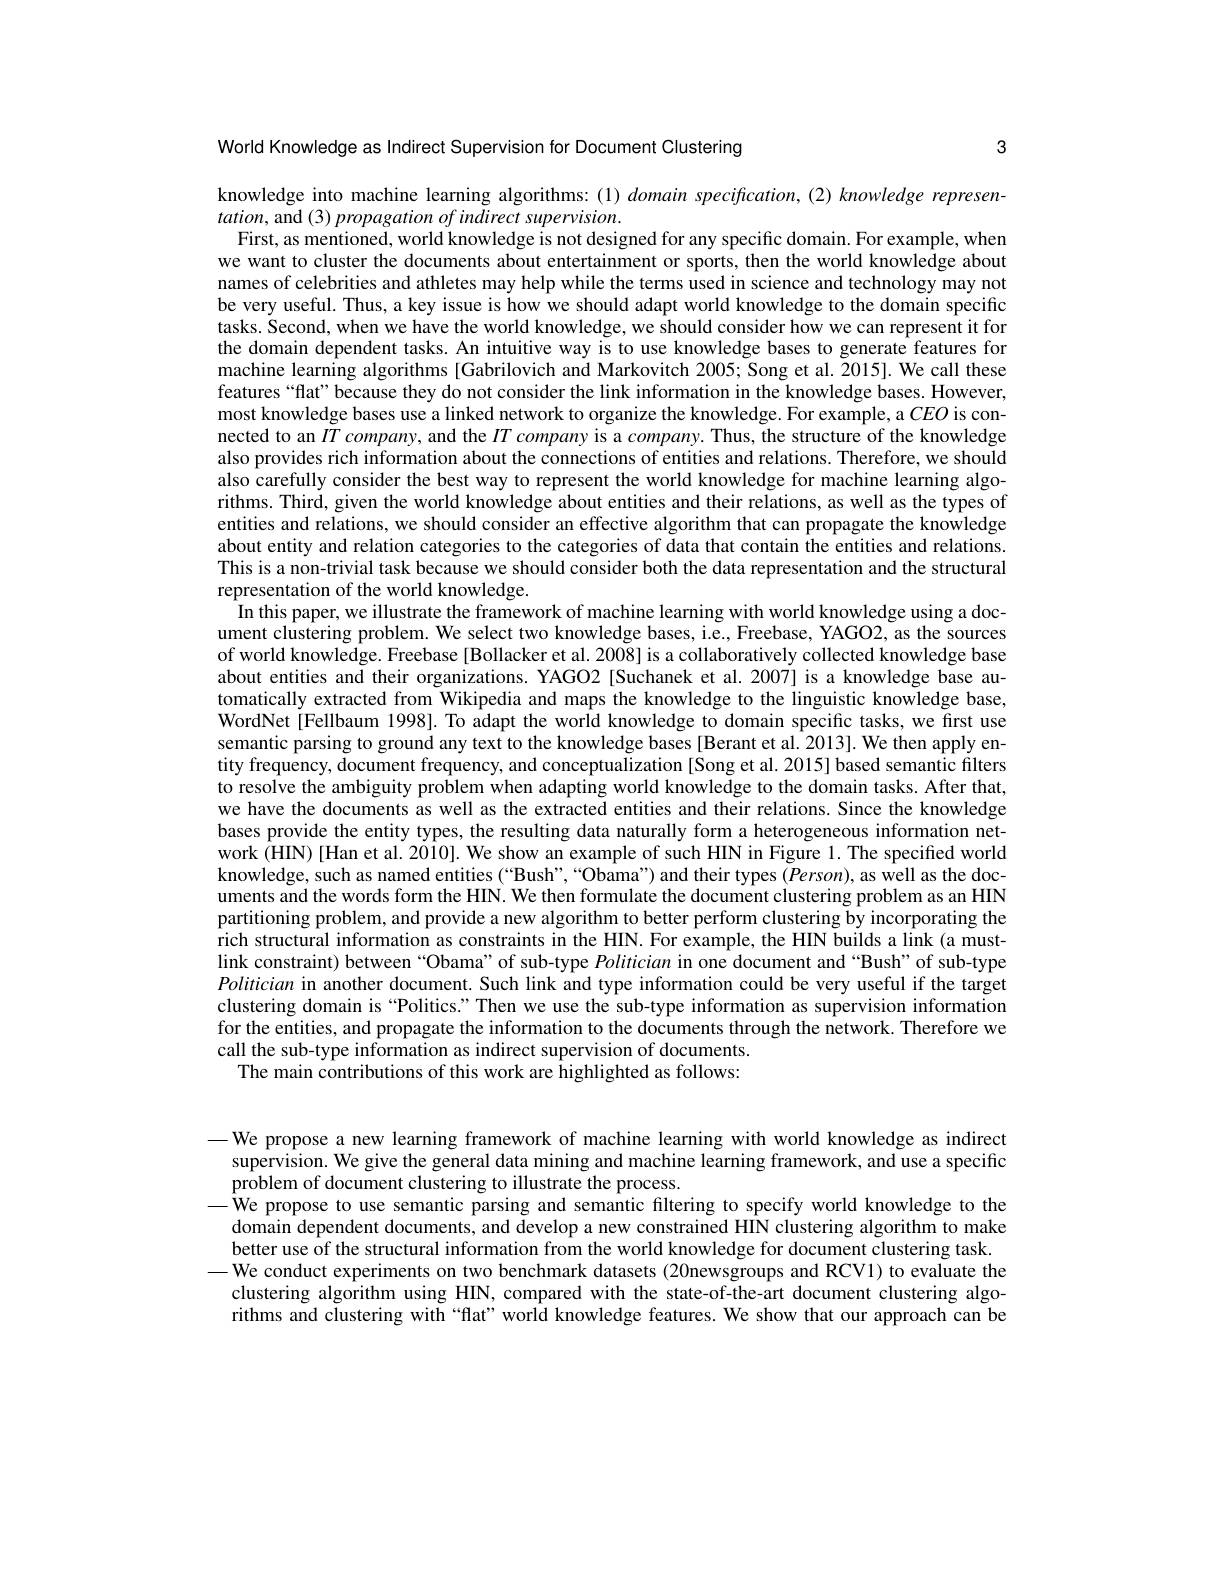
3

World Knowledge as Indirect Supervision for Document Clustering

knowledge into machine learning algorithms:(1) domain specification,(2) knowledge represen-
$tation$, and $( 3) \textit{propagation of indirect supervision}.$
First, as mentioned, world knowledge is not designed for any specific domain. For example, when we want to cluster the documents about entertainment or sports, then the world knowledge about names of celebrities and athletes may help while the terms used in science and technology may not be very useful. Thus, a key issue is how we should adapt world knowledge to the domain specific tasks. Second, when we have the world knowledge, we should consider how we can represent it for the domain dependent tasks. An intuitive way is to use knowledge bases to generate features for machine learning algorithms [Gabrilovich and Markovitch 2005; Song et al. 2015]. We call these features “flat”because they do not consider the link information in the knowledge bases. However, most knowledge bases use a linked network to organize the knowledge. For example, a $CEO$ is connected to an $IT\textit{company, and the }IT\textit{company is a company. Thus, the structure of the knowledge}$ also provides rich information about the connections of entities and relations. Therefore, we should also carefully consider the best way to represent the world knowledge for machine learning algorithms. Third, given the world knowledge about entities and their relations, as well as the types of entities and relations, we should consider an effective algorithm that can propagate the knowledge about entity and relation categories to the categories of data that contain the entities and relations. This is a non-trivial task because we should consider both the data representation and the structural representation of the world knowledge.
In this paper, we illustrate the framework of machine learning with world knowledge using a document clustering problem. We select two knowledge bases, i.e, Freebase, YAGO2, as the sources of world knowledge. Freebase [Bollacker et al. 2008] is a collaboratively collected knowledge base about entities and their organizations. YAGO2 [Suchanek et al.2007] is a knowledge base automatically extracted from Wikipedia and maps the knowledge to the linguistic knowledge base, WordNet [Fellbaum 1998]. To adapt the world knowledge to domain specific tasks, we first use semantic parsing to ground any text to the knowledge bases [Berant et al. 2013]. We then apply entity frequency, document frequency, and conceptualization [Song et al. 2015] based semantic filters to resolve the ambiguity problem when adapting world knowledge to the domain tasks. After that, we have the documents as well as the extracted entities and their relations. Since the knowledge bases provide the entity types, the resulting data naturally form a heterogeneous information network (HIN) [Han et al. 2010]. We show an example of such HIN in Figure 1. The specified world knowledge, such as named entities (“Bush”,“Obama”) and their types ($\tilde{P}erson),\tilde{\text{as well as the doc-}}$ uments and the words form the HIN. We then formulate the document clustering problem as an HIN partitioning problem, and provide a new algorithm to better perform clustering by incorporating the rich structural information as constraints in the HIN. For example, the HIN builds a link (a mustlink constraint) between “Obama” of sub-type Politician in one document and “Bush” of sub-type Politician in another document. Such link and type information could be very useful if the target clustering domain is “Politics.”Then we use the sub-type information as supervision information for the entities, and propagate the information to the documents through the network. Therefore we call the sub-type information as indirect supervision of documents.
The main contributions of this work are highlighted as follows:

— We propose a new learning framework of machine learning with world knowledge as indirect
supervision. We give the general data mining and machine learning framework, and use a specific
problem of document clustering to illustrate the process.
$-\hat{\text{We propose to use semantic parsing and semantic filtering to specify world knowledge to the}}$ domain dependent documents, and develop a new constrained HIN clustering algorithm to make better use of the structural information from the world knowledge for document clustering task.
—We conduct experiments on two benchmark datasets (20newsgroups and RCV1) to evaluate the
clustering algorithm using HIN, compared with the state-of-the-art document clustering algorithms and clustering with “flat” world knowledge features. We show that our approach can be